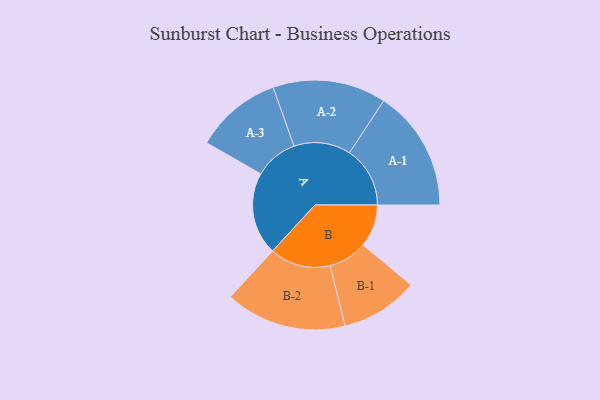
{"axis": {"x": "Segment", "y": "Value"}, "legend": ["", "A", "B"], "data": [{"x": "A", "y": 402, "type": ""}, {"x": "B", "y": 207, "type": ""}, {"x": "A-1", "y": 295, "type": "A"}, {"x": "A-2", "y": 276, "type": "A"}, {"x": "A-3", "y": 211, "type": "A"}, {"x": "B-1", "y": 189, "type": "B"}, {"x": "B-2", "y": 295, "type": "B"}]}